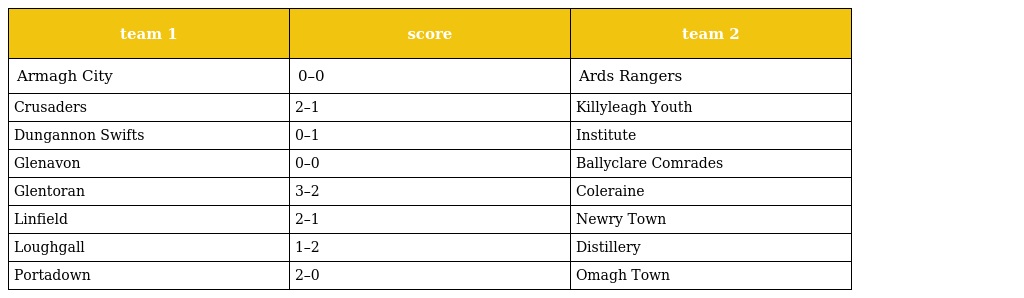
| team 1 | score | team 2 |
 | --- | --- | --- |
 | Armagh City | 0–0 | Ards Rangers |
 | Crusaders | 2–1 | Killyleagh Youth |
 | Dungannon Swifts | 0–1 | Institute |
 | Glenavon | 0–0 | Ballyclare Comrades |
 | Glentoran | 3–2 | Coleraine |
 | Linfield | 2–1 | Newry Town |
 | Loughgall | 1–2 | Distillery |
 | Portadown | 2–0 | Omagh Town |